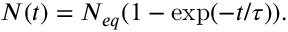
N ( t ) = N _ { e q } ( 1 - \exp ( - t / \tau ) ) .